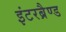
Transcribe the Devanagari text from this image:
इंटरब्रैण्ड